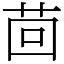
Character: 茴